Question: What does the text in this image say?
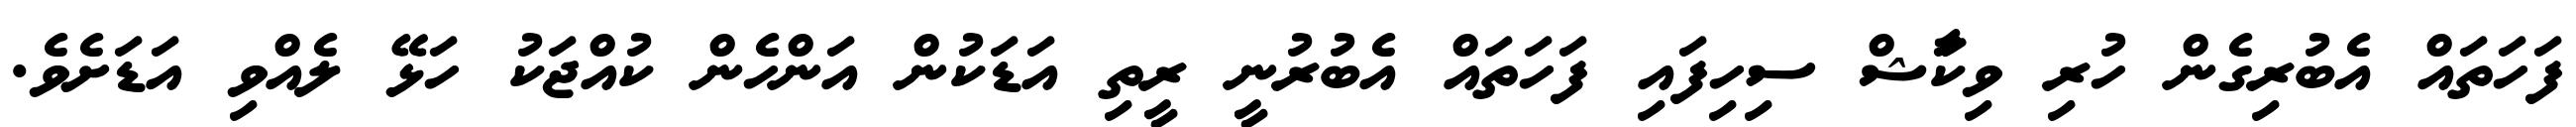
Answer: ފަހަތައް އެބުރިގެން ހުރި ވިކާަޝް ސިހިފައި ފަހަތައް އެބުރުނީ ރީތި އަޑަކުން އަންހެން ކުއްޖަކު ހަޅޭ ލެއްވި އަޑަށެވެ.